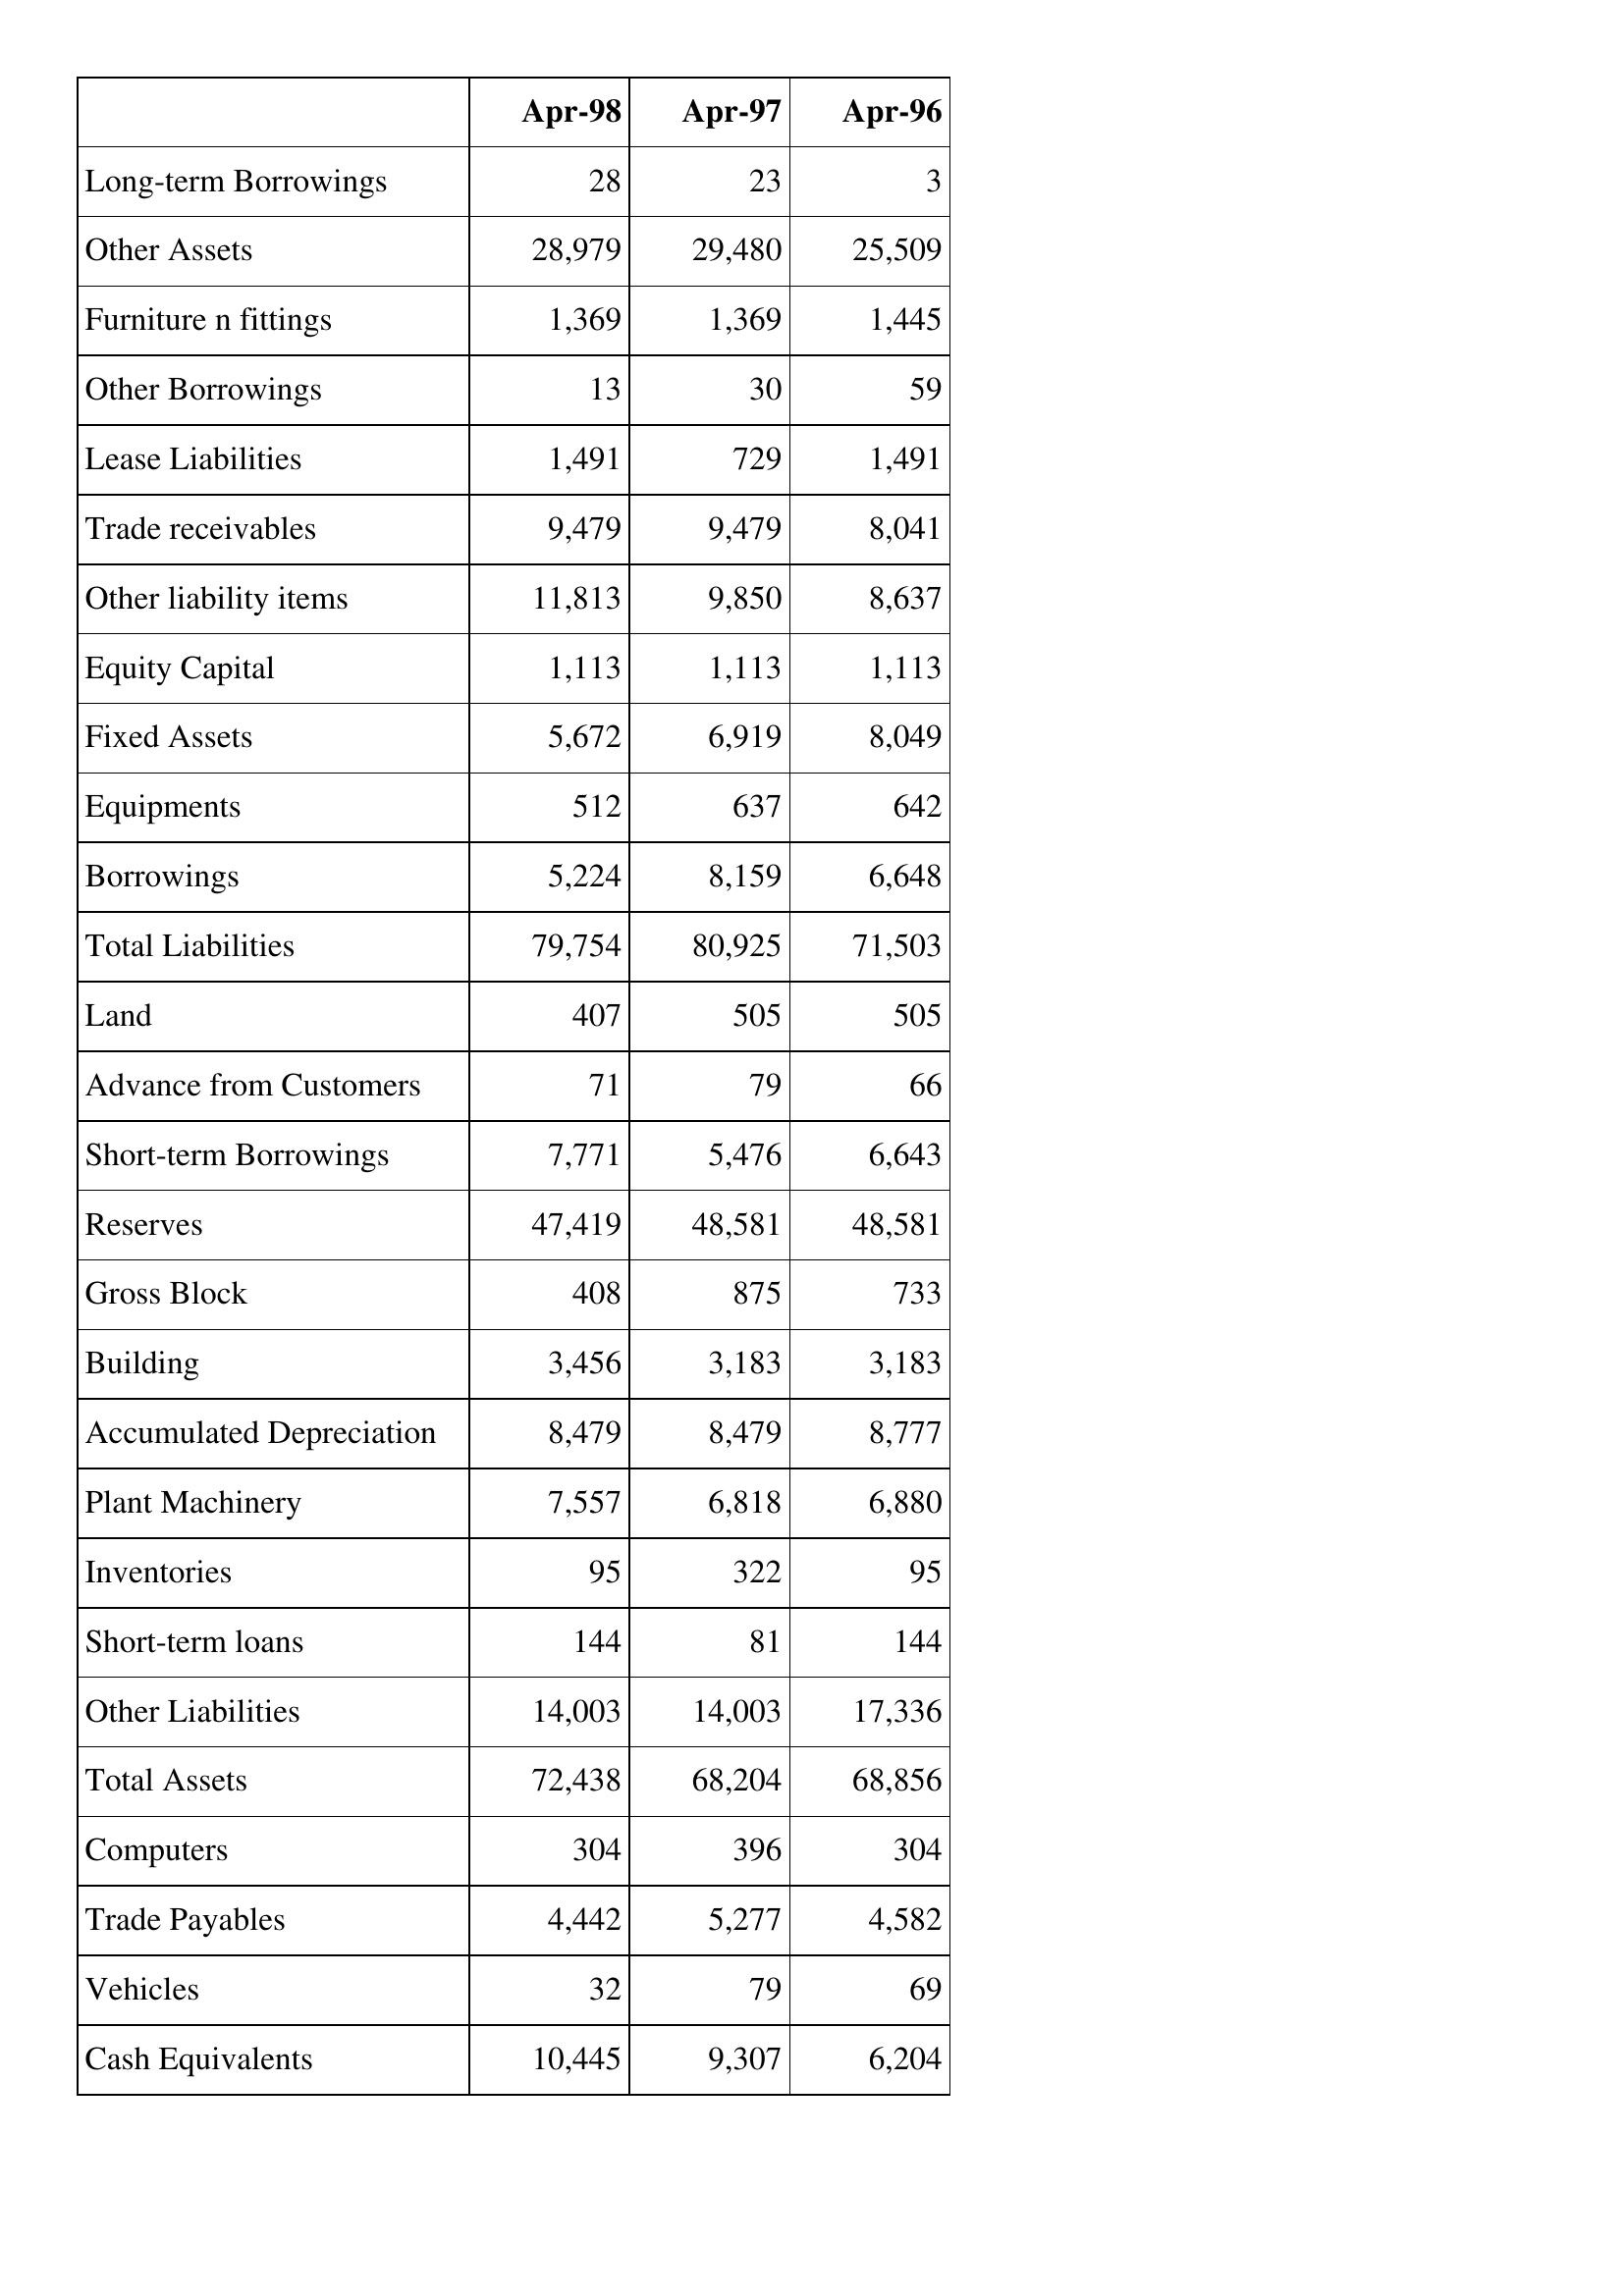
Apr-98: Balance Sheet: Long-term Borrowings: 28
Other Assets: 28,979
Furniture n fittings: 1,369
Other Borrowings: 13
Lease Liabilities: 1,491
Trade receivables: 9,479
Other liability items: 11,813
Equity Capital: 1,113
Fixed Assets: 5,672
Equipments: 512
Borrowings: 5,224
Total Liabilities: 79,754
Land: 407
Advance from Customers: 71
Short-term Borrowings: 7,771
Reserves: 47,419
Gross Block: 408
Building: 3,456
Accumulated Depreciation: 8,479
Plant Machinery: 7,557
Inventories: 95
Short-term loans: 144
Other Liabilities: 14,003
Total Assets: 72,438
Computers: 304
Trade Payables: 4,442
Vehicles: 32
Cash Equivalents: 10,445
Apr-97: Balance Sheet: Long-term Borrowings: 23
Other Assets: 29,480
Furniture n fittings: 1,369
Other Borrowings: 30
Lease Liabilities: 729
Trade receivables: 9,479
Other liability items: 9,850
Equity Capital: 1,113
Fixed Assets: 6,919
Equipments: 637
Borrowings: 8,159
Total Liabilities: 80,925
Land: 505
Advance from Customers: 79
Short-term Borrowings: 5,476
Reserves: 48,581
Gross Block: 875
Building: 3,183
Accumulated Depreciation: 8,479
Plant Machinery: 6,818
Inventories: 322
Short-term loans: 81
Other Liabilities: 14,003
Total Assets: 68,204
Computers: 396
Trade Payables: 5,277
Vehicles: 79
Cash Equivalents: 9,307
Apr-96: Balance Sheet: Long-term Borrowings: 3
Other Assets: 25,509
Furniture n fittings: 1,445
Other Borrowings: 59
Lease Liabilities: 1,491
Trade receivables: 8,041
Other liability items: 8,637
Equity Capital: 1,113
Fixed Assets: 8,049
Equipments: 642
Borrowings: 6,648
Total Liabilities: 71,503
Land: 505
Advance from Customers: 66
Short-term Borrowings: 6,643
Reserves: 48,581
Gross Block: 733
Building: 3,183
Accumulated Depreciation: 8,777
Plant Machinery: 6,880
Inventories: 95
Short-term loans: 144
Other Liabilities: 17,336
Total Assets: 68,856
Computers: 304
Trade Payables: 4,582
Vehicles: 69
Cash Equivalents: 6,204